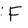
Character: F